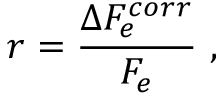
r = \frac { \Delta F _ { e } ^ { c o r r } } { F _ { e } } ~ ,